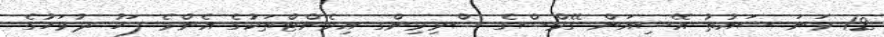
12 ވަނަ ސައުތު އޭޝިއަން ގޭމްސްގެ ސްވިމިންގ އިވެންޓްތަކުގެ އެންމެ ފަހު ދުވަހުގެ